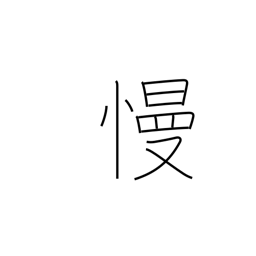
Meaning: ridicule